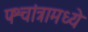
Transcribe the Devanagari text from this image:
पश्चांत्रामध्ये